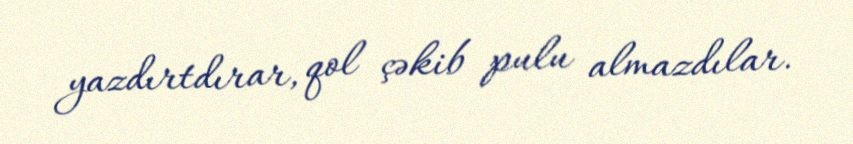
yazdırtdırar, qol çəkib pulu almazdılar.